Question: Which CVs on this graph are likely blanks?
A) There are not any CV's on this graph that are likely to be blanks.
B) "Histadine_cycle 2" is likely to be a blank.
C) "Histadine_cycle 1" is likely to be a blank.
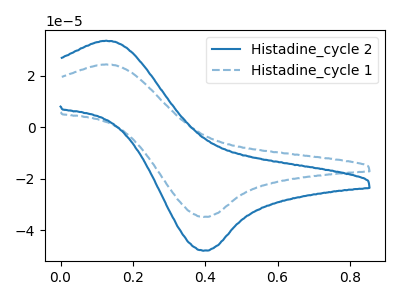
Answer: <think>The blue curve "Histadine_cycle 2" has an anodic peak at (0.10V, 33.70uA) and a cathodic peak at (0.40V, -48.00uA). The blue dashed curve "Histadine_cycle 1" has an anodic peak at (0.10V, 24.45uA) and a cathodic peak at (0.40V, -34.90uA).</think>
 <answer>A) There are not any CV's on this graph that are likely to be blanks.</answer>
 <eval>A</eval>